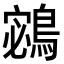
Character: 𪂁